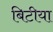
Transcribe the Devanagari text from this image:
बिटीया